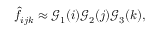
\hat { f } _ { i j k } \approx \mathcal { G } _ { 1 } ( i ) \mathcal { G } _ { 2 } ( j ) \mathcal { G } _ { 3 } ( k ) ,